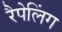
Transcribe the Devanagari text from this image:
रैपेलिंग